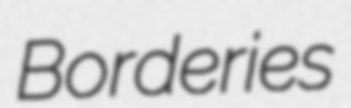
Borderies